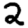
Digit: 2